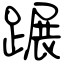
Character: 蹍